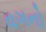
વગનો